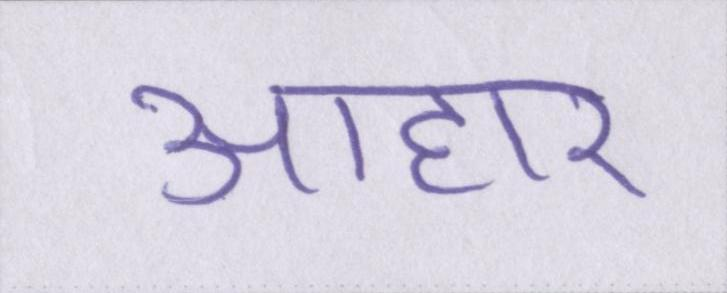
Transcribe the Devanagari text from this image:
आहार